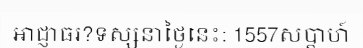
អាជ្ញាធរ?ទស្សនាថ្ងៃនេះ: 1557សប្តាហ៍